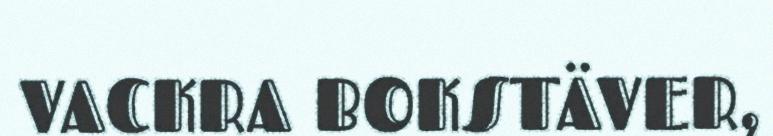
VACKRA BOKSTÄVER,